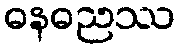
ဓနဓညဿ